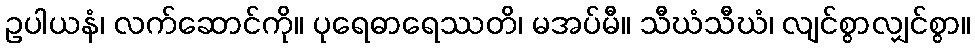
ဥပါယနံ၊ လက်ဆောင်ကို။ ပုရေဓာရေဿတိ၊ မအပ်မီ။ သီဃံသီဃံ၊ လျင်စွာလျှင်စွာ။